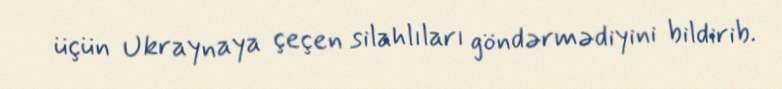
üçün Ukraynaya çeçen silahlıları göndərmədiyini bildirib.